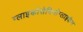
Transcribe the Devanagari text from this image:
ग्लाइकोसेमिनोग्लाइकैन